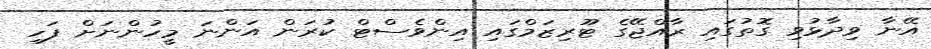
އޭނާ ވިދާޅުވި ގޮތުގައި ރާއްޖޭގެ ޓޫރިޒަމްގައި އިންވެސްޓް ކުރަން އަންނަ މީހުންނަށް ފަހި